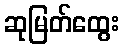
ဆုမြတ်ထွေး